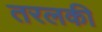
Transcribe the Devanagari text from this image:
तरलकी